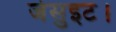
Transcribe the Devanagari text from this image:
जेसुइट।